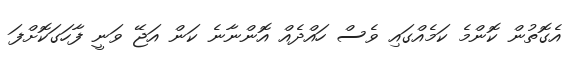
އެގޮތުން ކޮންމެ ކަމެއްގައި ވެސް ހައްދެއް އޮންނާނެ ކަން އަޖޭ ވަނީ ފާހަގަކޮށްފަ